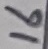
Text: 16